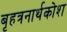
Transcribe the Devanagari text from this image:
बृहत्रनार्थकोश